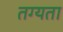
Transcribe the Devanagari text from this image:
तग्यता